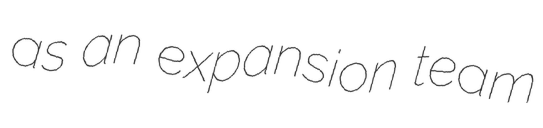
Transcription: as an expansion team